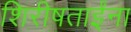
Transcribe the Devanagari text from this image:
शिरीषताईंना